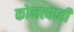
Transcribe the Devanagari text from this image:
कोनत्याही